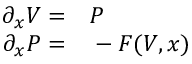
\begin{array} { r l } { \partial _ { x } V = } & { { } P } \\ { \partial _ { x } P = } & { { } - F ( V , x ) } \end{array}